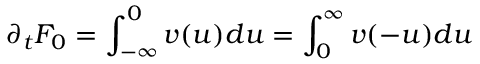
\partial _ { t } F _ { 0 } = \int _ { - \infty } ^ { 0 } v ( u ) d u = \int _ { 0 } ^ { \infty } v ( - u ) d u